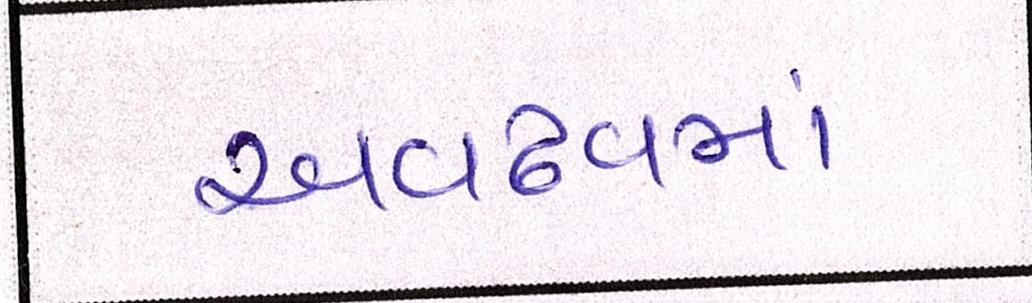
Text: અવઢવમાં